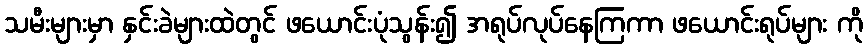
သမီးများမှာ နှင်းခဲများထဲတွင် ဖယောင်းပုံသွန်း၍ အရုပ်လုပ်နေကြကာ ဖယောင်းရုပ်များ ကို